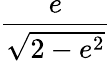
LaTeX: \frac{e}{\sqrt{2-e^{2}}}